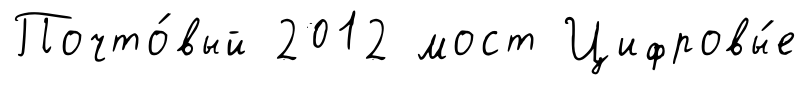
Почто́вый 2012 мост Цифровы́е